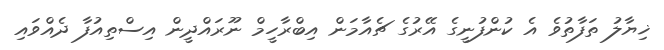
ޚިޔާލު ތަފާތުވެ އެ ކުންފުނީގެ އޭރުގެ ޗެއާމަން އިބްރާހީމް ނޫރައްދީން އިސްތިއުފާ ދެއްވައި